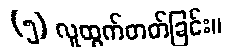
(၅) လူထွက်တတ်ခြင်း။